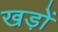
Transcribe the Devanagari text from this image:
खड़ों